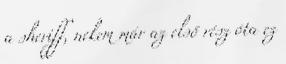
a sheriff, nekem már az első rész óta ez